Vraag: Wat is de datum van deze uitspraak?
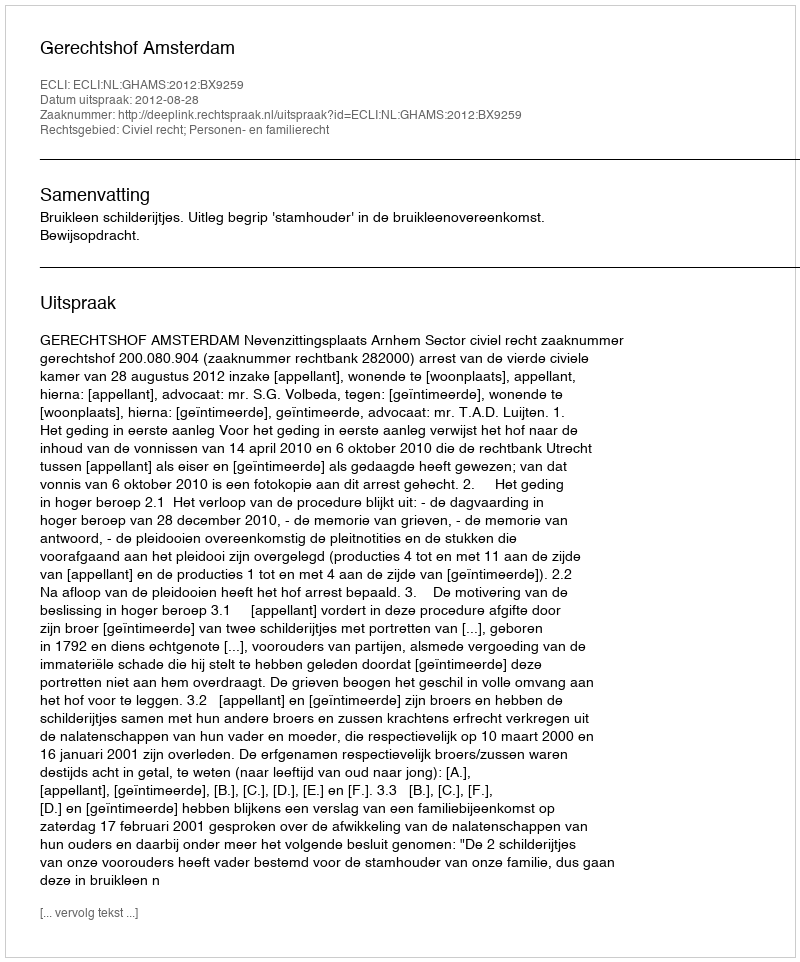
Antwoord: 2012-08-28